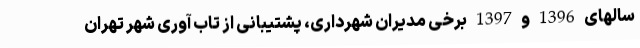
سالهای 1396 و 1397 برخی مدیران شهرداری، پشتیبانی از تاب آوری شهر تهران